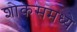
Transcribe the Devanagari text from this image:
शोकेसमध्ये